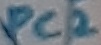
Text: PC2